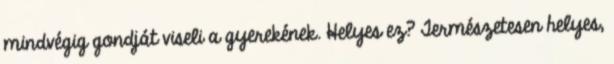
mindvégig gondját viseli a gyerekének. Helyes ez? Természetesen helyes,